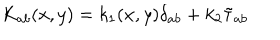
K _ { a b } ( x , y ) = k _ { 1 } ( x , y ) \delta _ { a b } + k _ { 2 } { \tilde { \tau } } _ { a b }